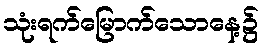
သုံးရက်မြောက်သောနေ့၌